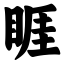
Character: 睚